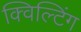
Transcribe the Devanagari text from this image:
क्विल्टिंग